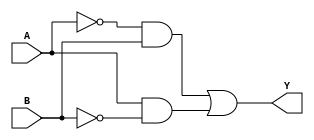
module XOR_gate (
    input A,
    input B,
    output Y
);

wire not_A, not_B, and1, and2, or1;

assign not_A = ~A;
assign not_B = ~B;
assign and1 = not_A & B;
assign and2 = A & not_B;
assign or1 = and1 | and2;
assign Y = or1;

endmodule